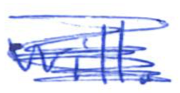
Text: will.
Cross-out: mix
Writing tool: ballpoint